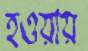
হওয়ায়